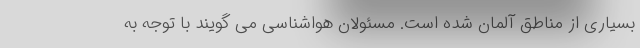
بسیاری از مناطق آلمان شده است. مسئولان هواشناسی می گویند با توجه به